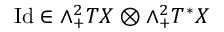
\mathrm { I d } \in \wedge _ { + } ^ { 2 } T X \otimes \wedge _ { + } ^ { 2 } T ^ { * } X